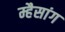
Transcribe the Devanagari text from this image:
म्हैसांग